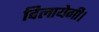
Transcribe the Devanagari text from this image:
दिलायेगी।